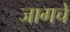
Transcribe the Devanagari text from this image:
जागचे